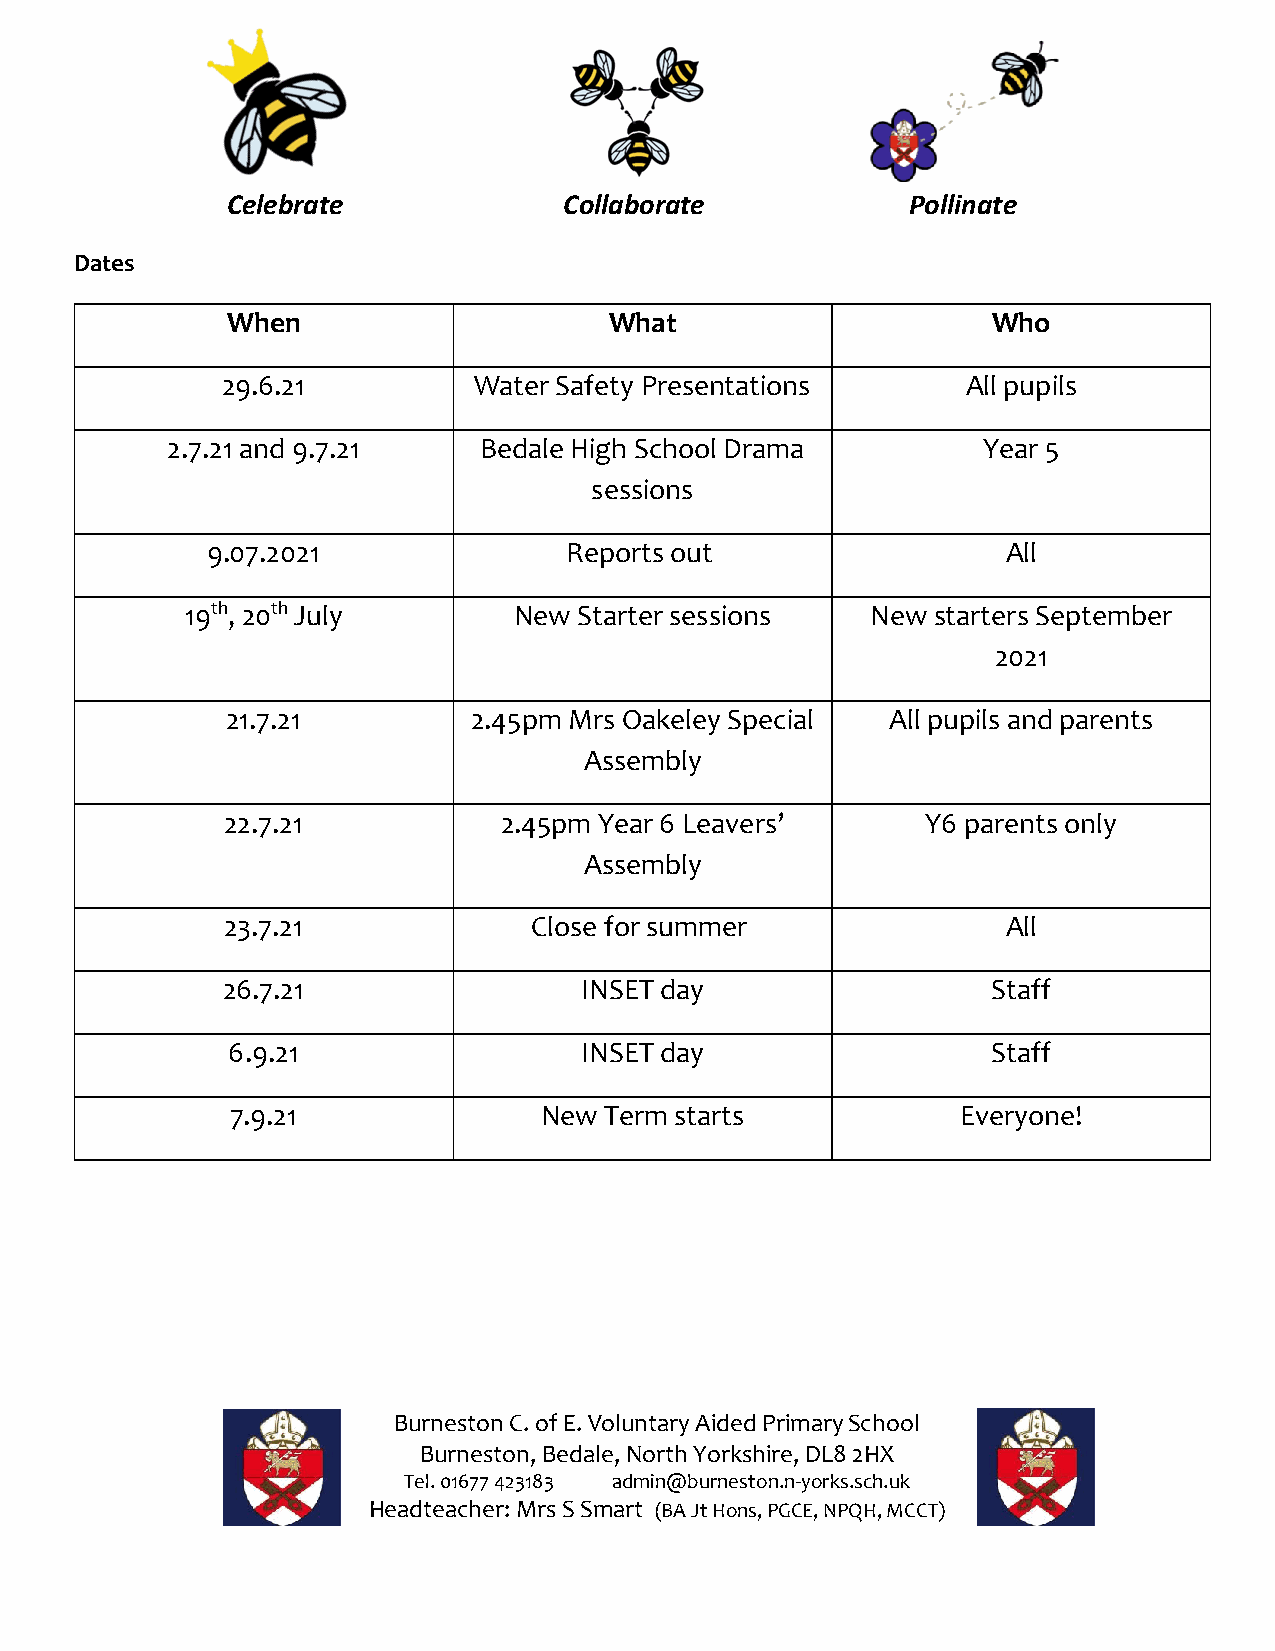
Celebrate             Collaborate            Pollinate
 Dates
 When                     What                      Who
 29.6.21         Water Safety Presentations       All pupils
 2.7.21 and 9.7.21    Bedale High School Drama         Year 5
 sessions
 9.07.2021              Reports out                   All
 19th, 20th July       New Starter sessions    New starters September
 2021
 21.7.21         2.45pm Mrs Oakeley Special  All pupils and parents
 Assembly
 22.7.21           2.45pm Year 6 Leavers’      Y6 parents only
 Assembly
 23.7.21             Close for summer                All
 26.7.21                INSET day                   Staff
 6.9.21                 INSET day                   Staff
 7.9.21               New Term starts             Everyone!
 Burneston C. of E. Voluntary Aided Primary School
 Burneston, Bedale, North Yorkshire, DL8 2HX
 Tel. 01677 423183 admin@burneston.n-yorks.sch.uk
 Headteacher: Mrs S Smart (BA Jt Hons, PGCE, NPQH, MCCT)